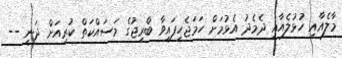
މާލެއާއި ހުޅުލެއާއި ދެމެދު އެޅުމަށް ހަމަޖެހިފައިވާ ބްރިޖުގެ މަަސައްކަތް ކުރިއަށް ދަނީ --